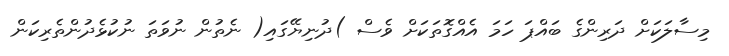
މިސާލަކަށް ދަރިންގެ ބައްޕަ ހަމަ އެއްގޮތަކަށް ވެސް )ދުނިޔޭގައި( ނެތުން ނުވަތަ ނުކުޅެދުންތެރިކަން